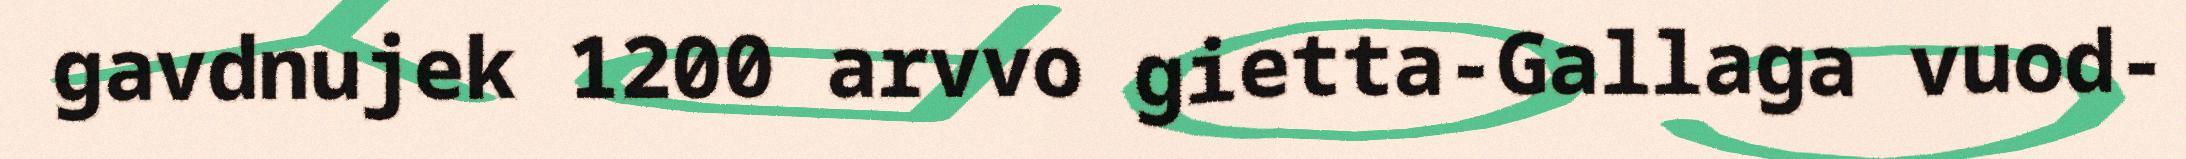
gavdnujek 1200 arvvo gietta-Gallaga vuod-